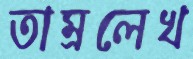
তাম্রলেখ